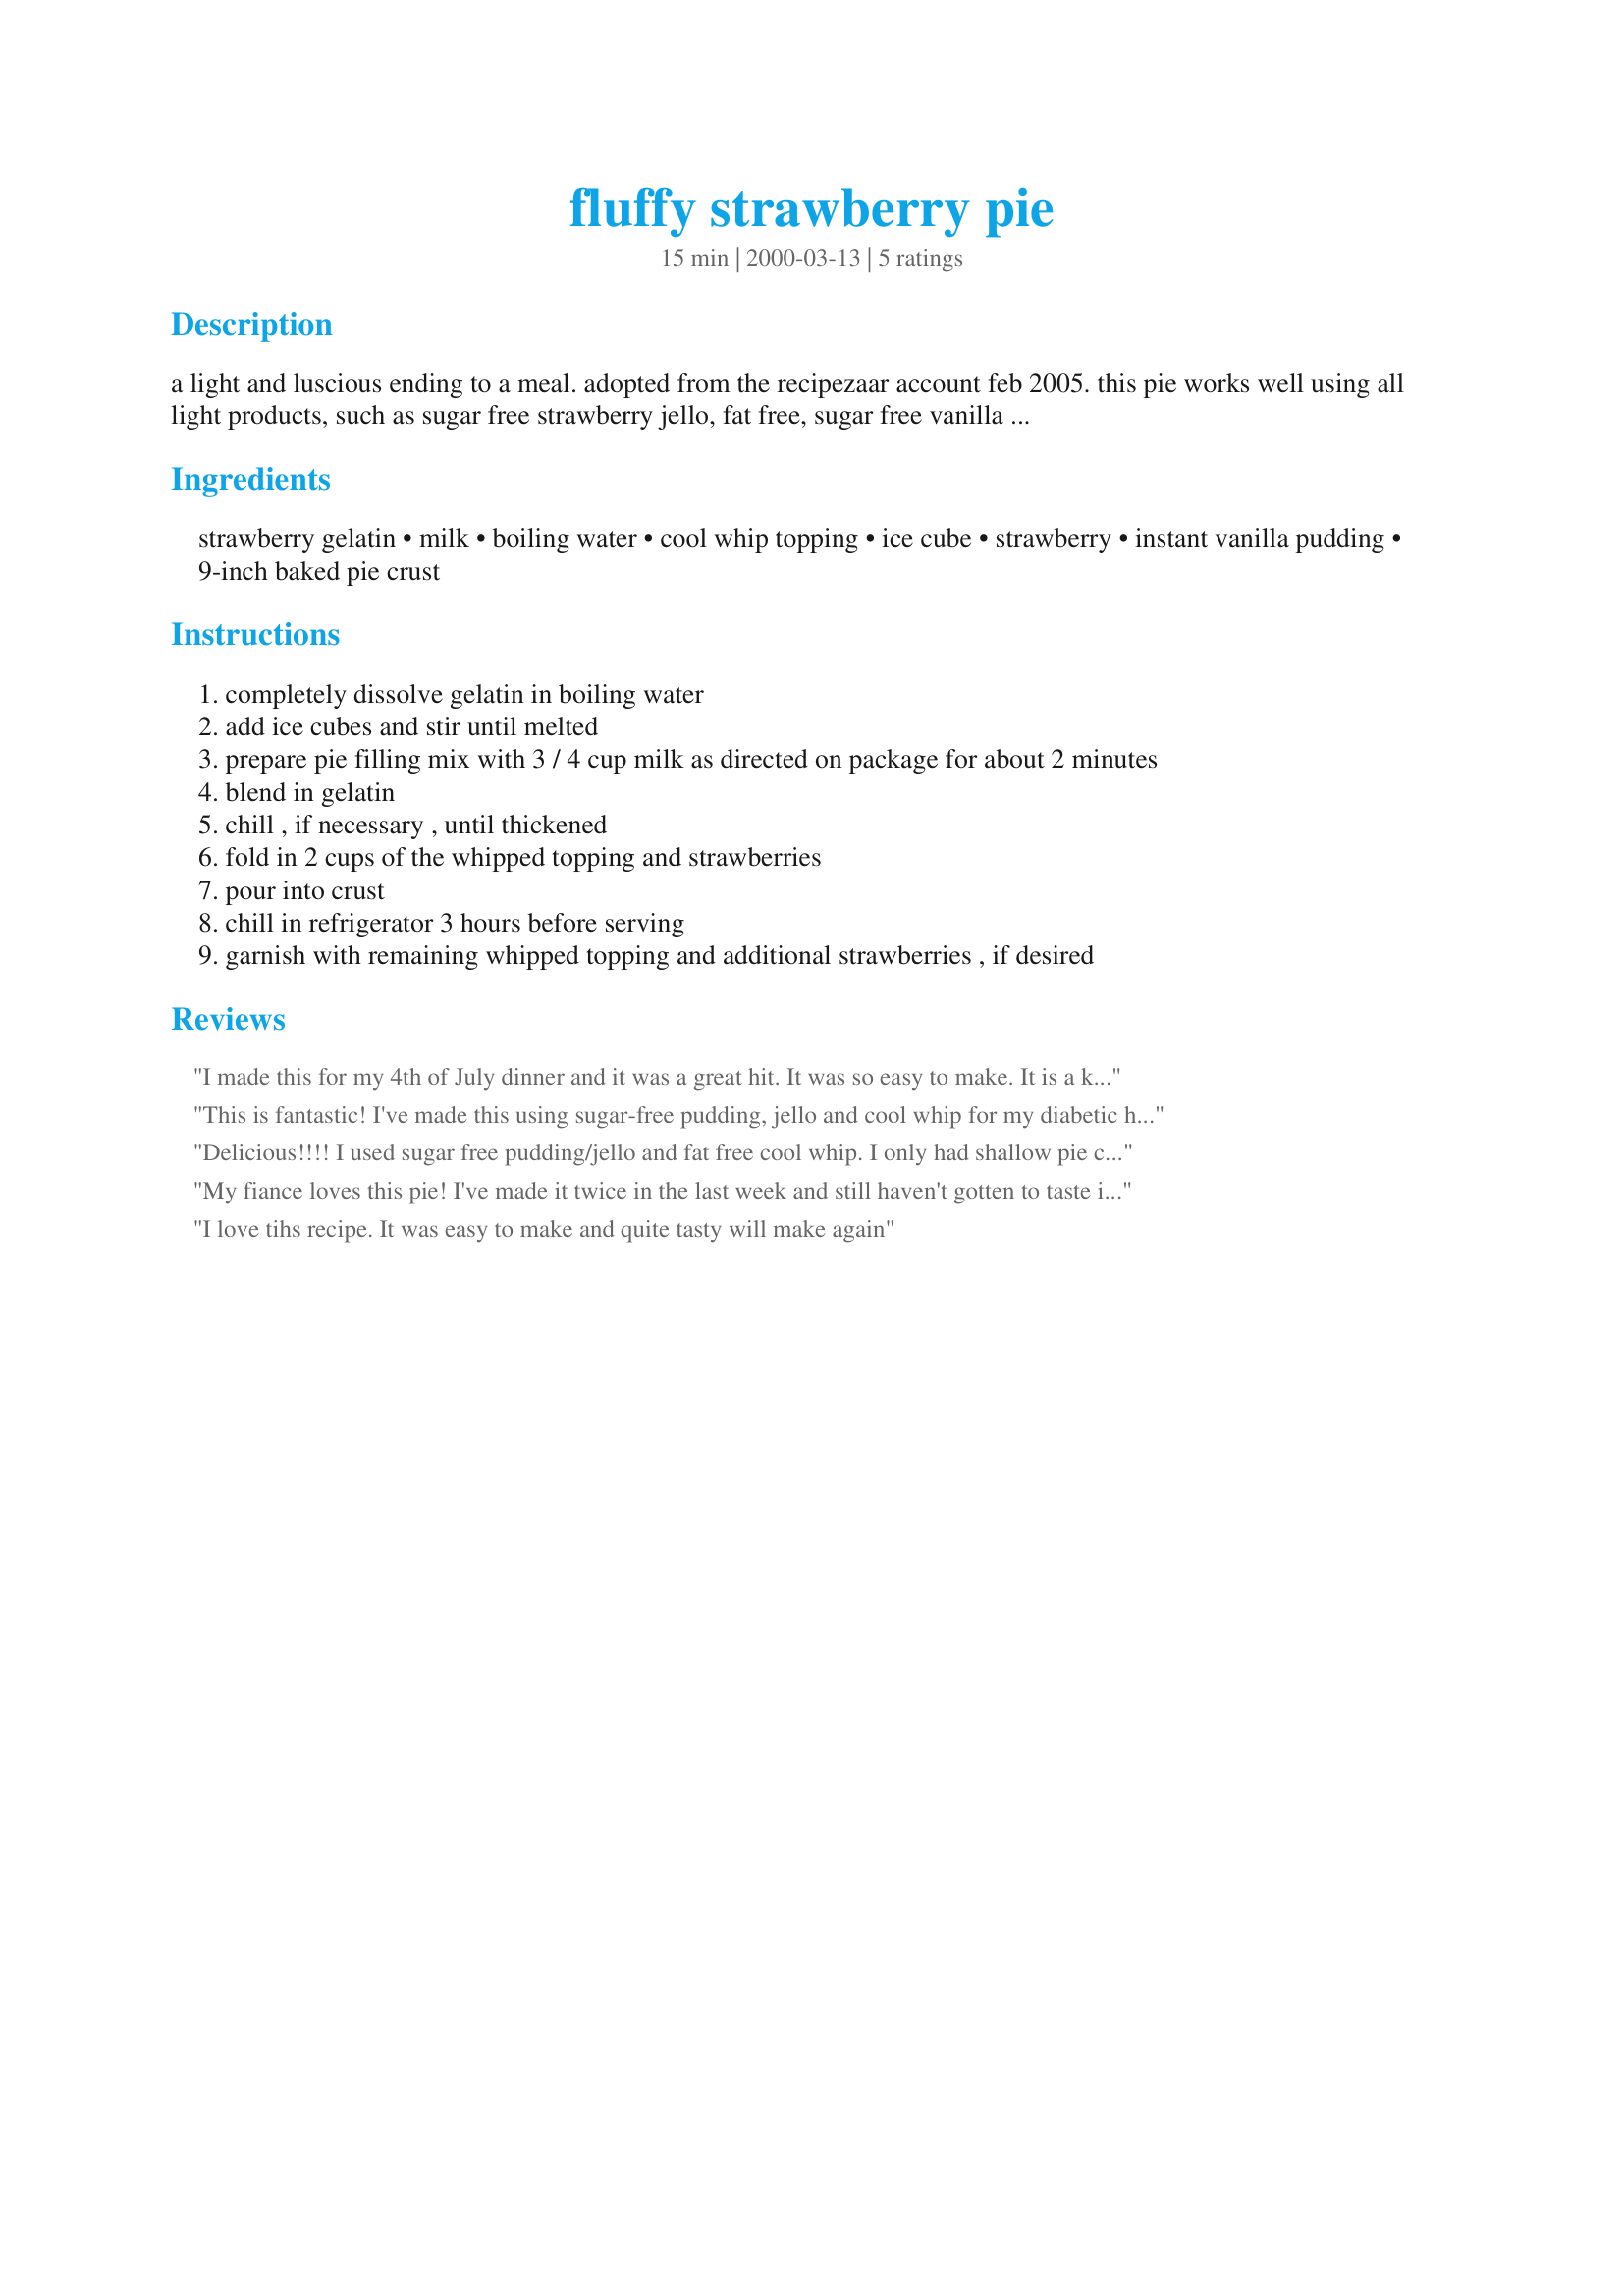
fluffy strawberry pie
Preparation time: 15 minutes

a light and luscious ending to a meal. adopted from the recipezaar account feb 2005. this pie works well using all light products, such as sugar free strawberry jello, fat free, sugar free vanilla jello pudding, ultra low fat cool whip and skim milk. i used a graham crust when i tried it, but a standard pastry crust or shortbread crust would be good too. the packet size in the recipe is the standard 4 serving size package.

Ingredients:
strawberry gelatin, milk, boiling water, cool whip topping, ice cube, strawberry, instant vanilla pudding, 9-inch baked pie crust

Steps:
completely dissolve gelatin in boiling water
add ice cubes and stir until melted
prepare pie filling mix with 3 / 4 cup milk as directed on package for about 2 minutes
blend in gelatin
chill , if necessary , until thickened
fold in 2 cups of the whipped topping and strawberries
pour into crust
chill in refrigerator 3 hours before serving
garnish with remaining whipped topping and additional strawberries , if desired

Reviews:
I made this for my 4th of July dinner and it was a great hit. It was so easy to make. It is a keeper and I will definitely make it again!
This is fantastic! I've made this using sugar-free pudding, jello and cool whip for my diabetic husband & mother-in-law. I used crushed sugar free pecan sandies for the crust. It was so great, we've had it 5 times in the last 2 months. Mmm...
Delicious!!!! I used sugar free pudding/jello and fat free cool whip. I only had shallow pie crusts and this recipe made a lot of filling so I made 2! I just froze the 2nd for later. I'll make this one again. Thanks for a light yet scrumptious recipe!I
My fiance loves this pie! I've made it twice in the last week and still haven't gotten to taste it, but it's gotten rave reviews.
I love tihs recipe. It was easy to make and quite tasty will make again
